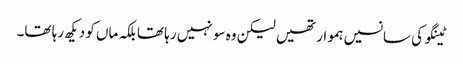
ٹینگو کی سانسیں ہموار تھیں لیکن وہ سو نہیں رہا تھا بلکہ ماں کو دیکھ رہا تھا۔